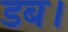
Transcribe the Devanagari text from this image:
डब।